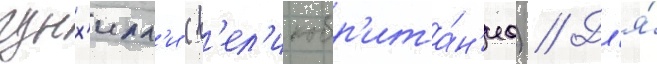
гунх'илл'и (в'ел'икобр'ита́н'иа) // Дл'я́